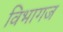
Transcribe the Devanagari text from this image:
विभागज